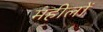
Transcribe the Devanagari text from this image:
महीलों